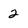
Character: 2